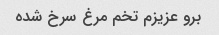
برو عزیزم تخم مرغ سرخ شده